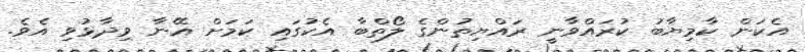
އެކަން ކާމިޔާބު ކުރައްވާނީ ރައްޔިތުންގެ ލޯތްބާ އެކުގައި ކަމަށް އޭނާ ވިދާޅުވި އެވެ.